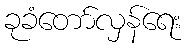
ခုခံတော်လှန်ရေး